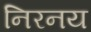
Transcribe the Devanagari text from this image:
निरनय